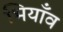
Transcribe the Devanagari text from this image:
भियाँव